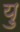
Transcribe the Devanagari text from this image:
य़ु